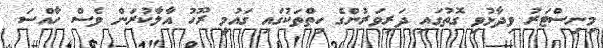
މިނިސްޓަރު ވިދާޅުވި ގޮތުގައި ދަރިވަރުންގެ ހިތްތަކުގައި ގައުމީ ރޫހު އާލާކުރަން ވެސް ހާއްސަ